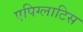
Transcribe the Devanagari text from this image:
एपिग्लाटिस